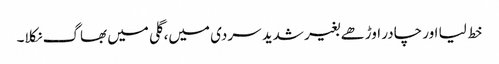
خط لیا اور چادر اوڑھے بغیر شدید سردی میں، گلی میں بھاگ نکلا۔